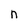
Character: n